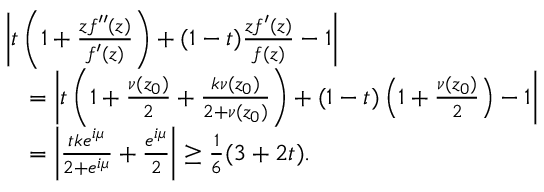
\begin{array} { r l } & { \left| t \left( 1 + \frac { z f ^ { \prime \prime } ( z ) } { f ^ { \prime } ( z ) } \right) + ( 1 - t ) \frac { z f ^ { \prime } ( z ) } { f ( z ) } - 1 \right| } \\ & { \quad = \left| t \left( 1 + \frac { \nu ( z _ { 0 } ) } { 2 } + \frac { k \nu ( z _ { 0 } ) } { 2 + \nu ( z _ { 0 } ) } \right) + ( 1 - t ) \left( 1 + \frac { \nu ( z _ { 0 } ) } { 2 } \right) - 1 \right| } \\ & { \quad = \left| \frac { t k e ^ { i \mu } } { 2 + e ^ { i \mu } } + \frac { e ^ { i \mu } } { 2 } \right| \geq \frac { 1 } { 6 } ( 3 + 2 t ) . } \end{array}